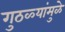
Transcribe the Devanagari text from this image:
गुठळ्यांमुळे